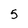
Character: 5